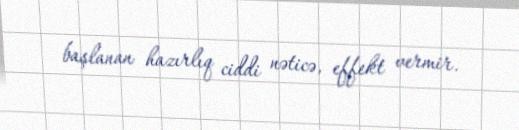
başlanan hazırlıq ciddi nəticə, effekt vermir.